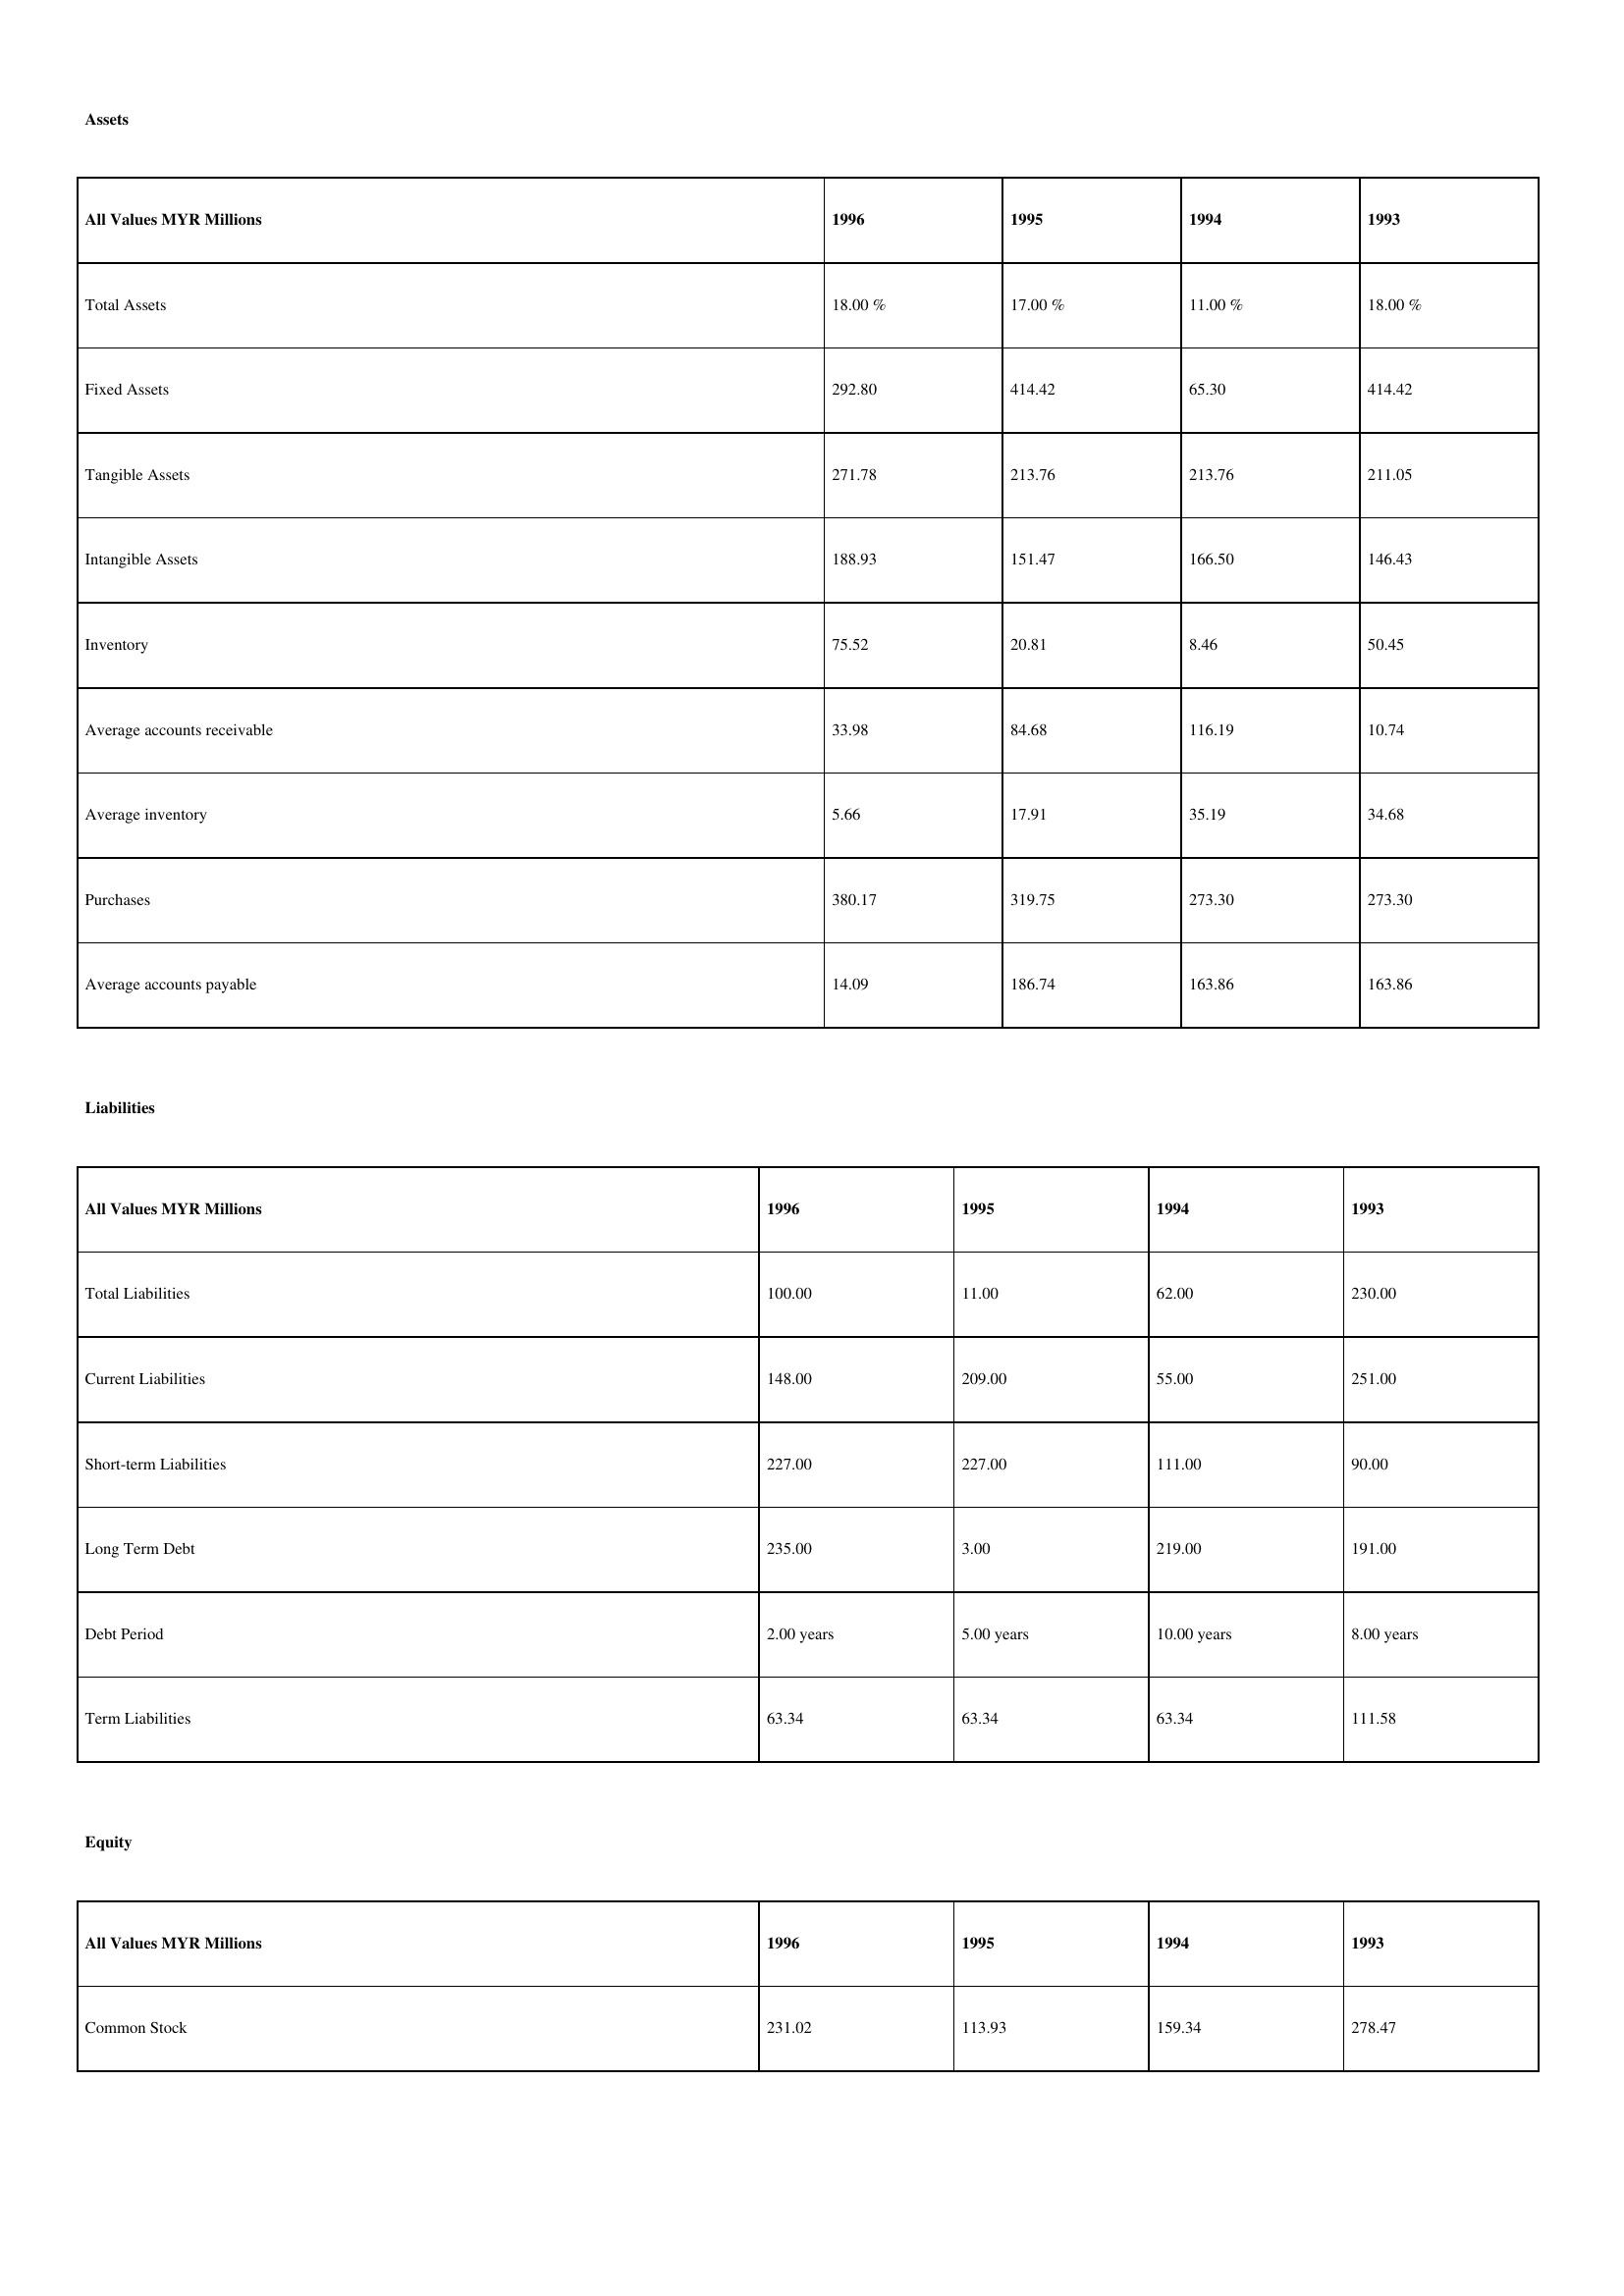
gt_parse: 1996: Assets: Total Assets: 18.00 %
Fixed Assets: 292.80
Tangible Assets: 271.78
Intangible Assets: 188.93
Inventory: 75.52
Average accounts receivable: 33.98
Average inventory: 5.66
Purchases: 380.17
Average accounts payable: 14.09
Liabilities: Total Liabilities: 100.00
Current Liabilities: 148.00
Short-term Liabilities: 227.00
Long Term Debt: 235.00
Debt Period: 2.00 years
Term Liabilities: 63.34
Equity: Common Stock: 231.02
1995: Assets: Total Assets: 17.00 %
Fixed Assets: 414.42
Tangible Assets: 213.76
Intangible Assets: 151.47
Inventory: 20.81
Average accounts receivable: 84.68
Average inventory: 17.91
Purchases: 319.75
Average accounts payable: 186.74
Liabilities: Total Liabilities: 11.00
Current Liabilities: 209.00
Short-term Liabilities: 227.00
Long Term Debt: 3.00
Debt Period: 5.00 years
Term Liabilities: 63.34
Equity: Common Stock: 113.93
1994: Assets: Total Assets: 11.00 %
Fixed Assets: 65.30
Tangible Assets: 213.76
Intangible Assets: 166.50
Inventory: 8.46
Average accounts receivable: 116.19
Average inventory: 35.19
Purchases: 273.30
Average accounts payable: 163.86
Liabilities: Total Liabilities: 62.00
Current Liabilities: 55.00
Short-term Liabilities: 111.00
Long Term Debt: 219.00
Debt Period: 10.00 years
Term Liabilities: 63.34
Equity: Common Stock: 159.34
1993: Assets: Total Assets: 18.00 %
Fixed Assets: 414.42
Tangible Assets: 211.05
Intangible Assets: 146.43
Inventory: 50.45
Average accounts receivable: 10.74
Average inventory: 34.68
Purchases: 273.30
Average accounts payable: 163.86
Liabilities: Total Liabilities: 230.00
Current Liabilities: 251.00
Short-term Liabilities: 90.00
Long Term Debt: 191.00
Debt Period: 8.00 years
Term Liabilities: 111.58
Equity: Common Stock: 278.47